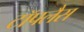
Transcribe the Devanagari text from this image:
टॉपलैस